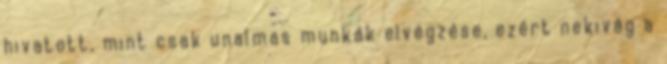
hivatott, mint csak unalmas munkák elvégzése, ezért nekivág a